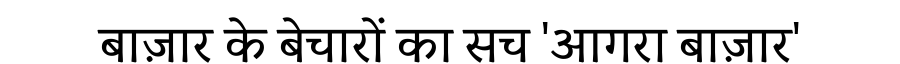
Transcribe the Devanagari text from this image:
बाज़ार के बेचारों का सच 'आगरा बाज़ार'